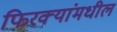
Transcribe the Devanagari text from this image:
फिरक्यांमधील